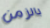
بالزمن